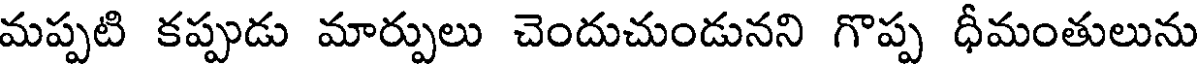
మప్పటి కప్పుడు మార్పులు చెందుచుండునని గొప్ప ధీమంతులును